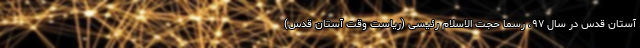
آستان قدس در سال ۹۷، رسماً حجت الاسلام رئیسی (ریاست وقت آستان قدس)